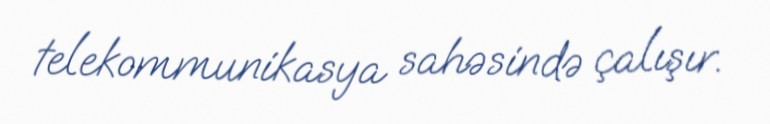
telekommunikasya sahəsində çalışır.